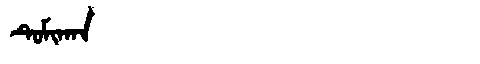
Manchu: ᡨᡠᠮᡳᡴᠠᠨ
Romanization: TUMIKAN